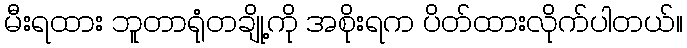
မီးရထား ဘူတာရုံတချို့ကို အစိုးရက ပိတ်ထားလိုက်ပါတယ်။